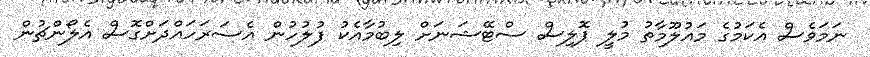
ނަމަވެސް އެކަމުގެ މައުލޫމާތު މުލީ ޕޮލިސް ސްޓޭޝަނަށް ލިބުމާއެކު ފުލުހުން އެސަރަހައްދަށްގޮސް އެލޯންޗުން